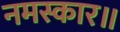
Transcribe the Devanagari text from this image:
नमस्कार॥